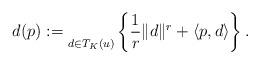
LaTeX: \begin{align*}d(p):=\underset{d\in T_K(u)}{} \left\{ \frac{1}{r} \Vert d \Vert^r + \langle p, d \rangle \right \}.\end{align*}